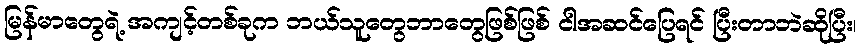
မြန်မာတွေရဲ့ အကျင့်တစ်ခုက ဘယ်သူတွေဘာတွေဖြစ်ဖြစ် ငါအဆင်ပြေရင် ပြီးတာဘဲဆိုပြီး၊